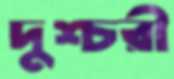
দুশ্চরী